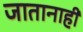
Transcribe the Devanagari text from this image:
जातानाही